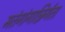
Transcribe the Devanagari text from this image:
मतंगांगान्निर्गता